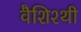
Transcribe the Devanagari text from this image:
वैशिश्थी